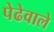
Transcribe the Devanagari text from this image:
पेढेवाले